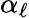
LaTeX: \alpha_{\ell}